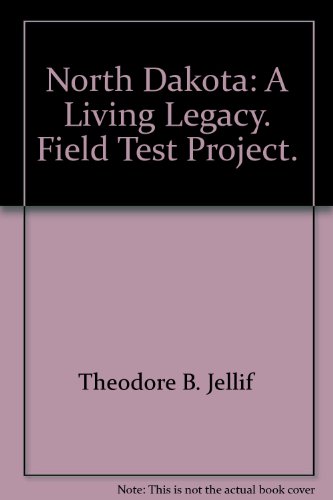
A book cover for North Dakota: A Living Legacy. Field Test Project.; Theodore B. Jellif; Travel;